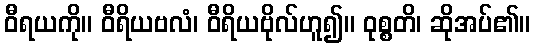
ဝီရယကို။ ဝီရိယဗလံ၊ ဝီရိယဗိုလ်ဟူ၍။ ဝုစ္စတိ၊ ဆိုအပ်၏။